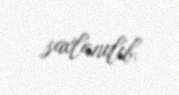
saxlanılıb.